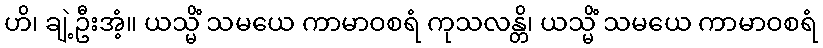
ဟိ၊ ချဲ့ဦးအံ့။ ယသ္မိံ သမယေ ကာမာဝစရံ ကုသလန္တိ၊ ယသ္မိံ သမယေ ကာမာဝစရံ